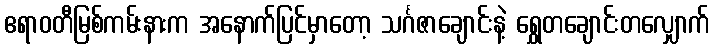
ဧရာဝတီမြစ်ကမ်းနားက အနောက်ပြင်မှာတော့ သင်္ဂဇာချောင်းနဲ့ ရွှေတချောင်းတလျှောက်